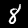
Digit: 8